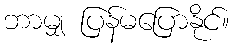
ဘာမျှ ပြန်မပြောနိုင်။